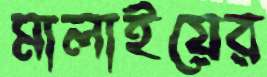
মালাইয়ের